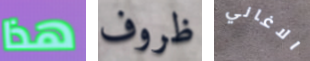
هذا ظروف الاغاني